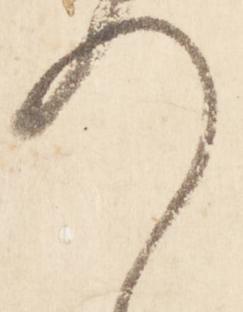
入